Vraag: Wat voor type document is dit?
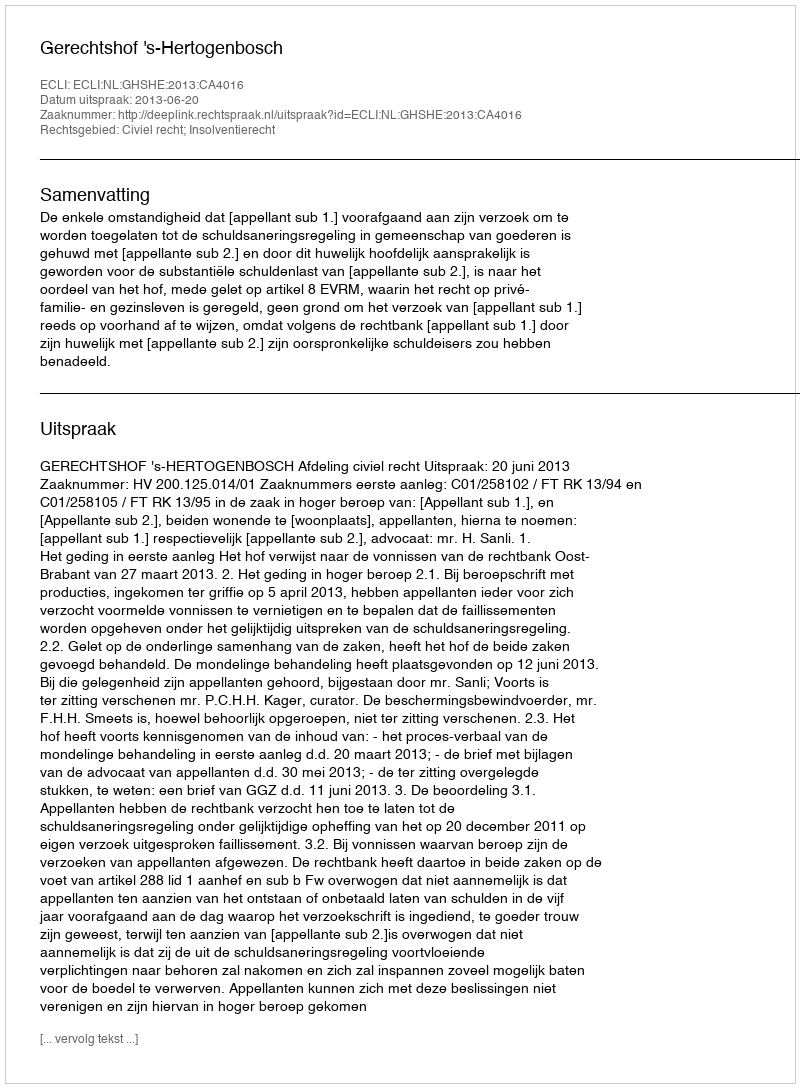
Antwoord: Uitspraak